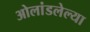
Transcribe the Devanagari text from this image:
ओलांडलेल्या